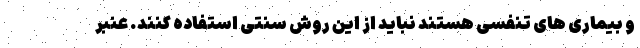
و بیماری های تنفسی هستند نباید از این روش سنتی استفاده کنند. عنبر